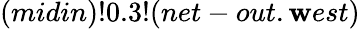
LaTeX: (midin)!0.3!(net-out.\mathbf{w}est)